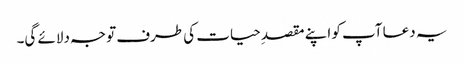
یہ دعا آپ کو اپنے مقصدِ حیات کی طرف توجہ دلائے گی۔